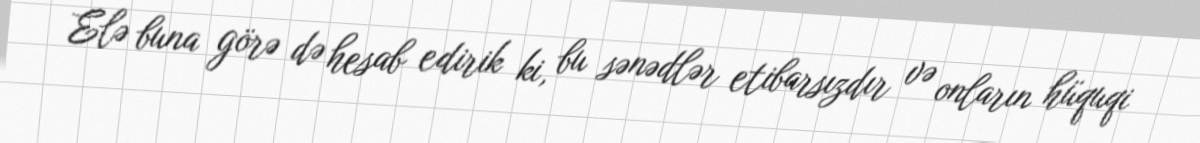
Elə buna görə də hesab edirik ki, bu sənədlər etibarsızdır və onların hüquqi